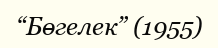
“Бөгелек” (1955)